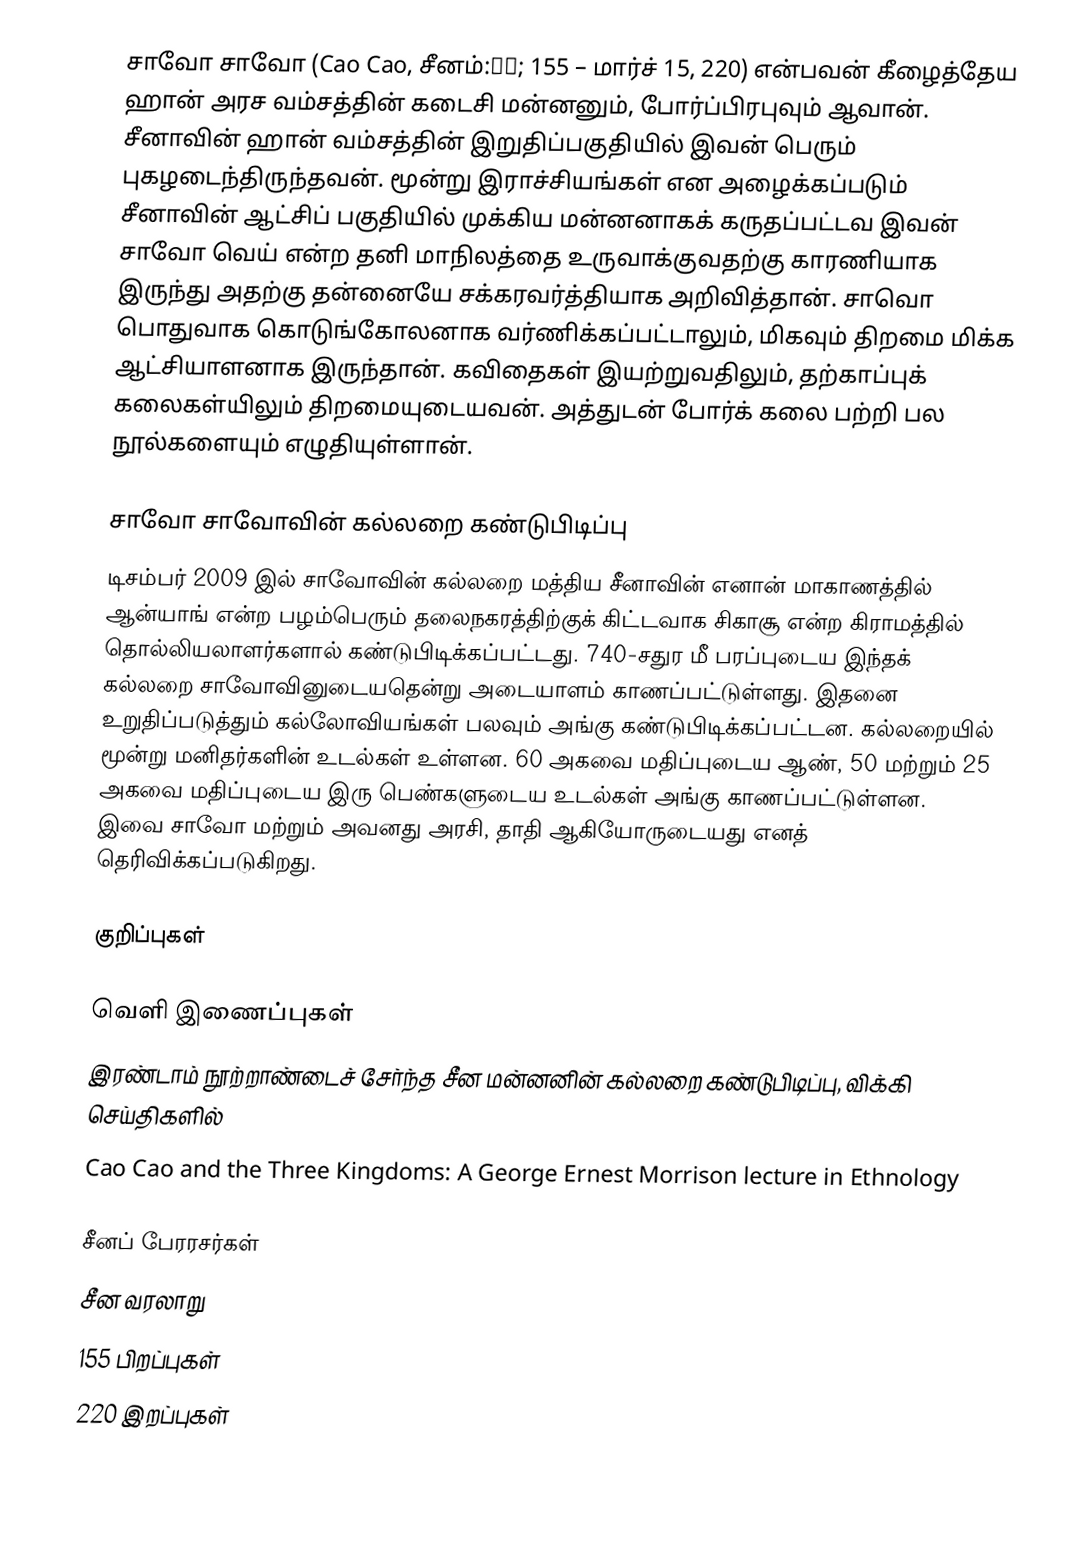
சாவோ சாவோ (Cao Cao, சீனம்:曹操; 155 – மார்ச் 15, 220) என்பவன் கீழைத்தேய ஹான் அரச வம்சத்தின் கடைசி மன்னனும், போர்ப்பிரபுவும் ஆவான். சீனாவின் ஹான் வம்சத்தின் இறுதிப்பகுதியில் இவன் பெரும் புகழடைந்திருந்தவன். மூன்று இராச்சியங்கள் என அழைக்கப்படும் சீனாவின் ஆட்சிப் பகுதியில் முக்கிய மன்னனாகக் கருதப்பட்டவ இவன் சாவோ வெய் என்ற தனி மாநிலத்தை உருவாக்குவதற்கு காரணியாக இருந்து அதற்கு தன்னையே சக்கரவர்த்தியாக அறிவித்தான். சாவொ பொதுவாக கொடுங்கோலனாக வர்ணிக்கப்பட்டாலும், மிகவும் திறமை மிக்க ஆட்சியாளனாக இருந்தான். கவிதைகள் இயற்றுவதிலும், தற்காப்புக் கலைகள்யிலும் திறமையுடையவன். அத்துடன் போர்க் கலை பற்றி பல நூல்களையும் எழுதியுள்ளான்.

சாவோ சாவோவின் கல்லறை கண்டுபிடிப்பு
டிசம்பர் 2009 இல் சாவோவின் கல்லறை மத்திய சீனாவின் எனான் மாகாணத்தில் ஆன்யாங் என்ற பழம்பெரும் தலைநகரத்திற்குக் கிட்டவாக சிகாசூ என்ற கிராமத்தில் தொல்லியலாளர்களால் கண்டுபிடிக்கப்பட்டது. 740-சதுர மீ பரப்புடைய இந்தக் கல்லறை சாவோவினுடையதென்று அடையாளம் காணப்பட்டுள்ளது. இதனை உறுதிப்படுத்தும் கல்லோவியங்கள் பலவும் அங்கு கண்டுபிடிக்கப்பட்டன. கல்லறையில் மூன்று மனிதர்களின் உடல்கள் உள்ளன. 60 அகவை மதிப்புடைய ஆண், 50 மற்றும் 25 அகவை மதிப்புடைய இரு பெண்களுடைய உடல்கள் அங்கு காணப்பட்டுள்ளன. இவை சாவோ மற்றும் அவனது அரசி, தாதி ஆகியோருடையது எனத் தெரிவிக்கப்படுகிறது.

குறிப்புகள்

வெளி இணைப்புகள்
 இரண்டாம் நூற்றாண்டைச் சேர்ந்த சீன மன்னனின் கல்லறை கண்டுபிடிப்பு, விக்கி செய்திகளில்
 Cao Cao and the Three Kingdoms: A George Ernest Morrison lecture in Ethnology

சீனப் பேரரசர்கள்
சீன வரலாறு
155 பிறப்புகள்
220 இறப்புகள்